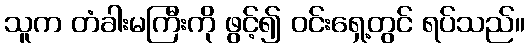
သူက တံခါးမကြီးကို ဖွင့်၍ ဝင်းရှေ့တွင် ရပ်သည်။